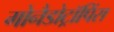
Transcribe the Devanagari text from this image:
गोनैडोट्रॉपिंस